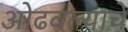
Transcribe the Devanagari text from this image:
ओढवल्याचे